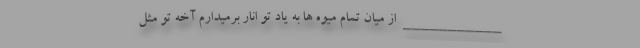
___________ از میان تمام میوه ها به یاد تو انار برمیدارم آخه تو مثل